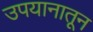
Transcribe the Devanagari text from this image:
उपयानातून